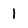
Character: I